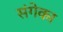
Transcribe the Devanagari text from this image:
संगेका